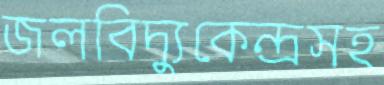
জলবিদ্যুকেন্দ্রসহ